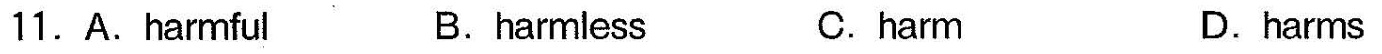
11.A.Harmful B.harmless C.harm D.harms